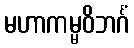
မဟာကမ္မဝိဘင်္ဂံ